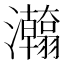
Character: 𱪖